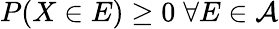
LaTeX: P(X\in E)\geq 0\; \forall E\in{\mathcal{A}}